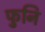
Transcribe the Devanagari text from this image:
फुनि